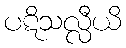
ပဋိသလ္လီယိ